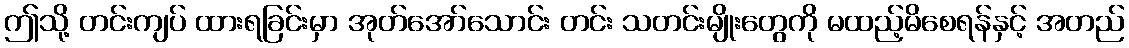
ဤသို့ တင်းကျပ် ထားရခြင်းမှာ အုတ်အော်သောင်း တင်း သတင်းမျိုးတွေကို မထည့်မိစေရန်နှင့် အတည်